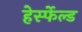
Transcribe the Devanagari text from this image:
हेर्स्फेल्ड